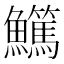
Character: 𩽖